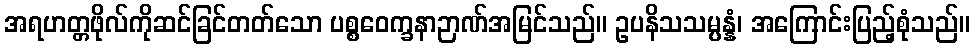
အရဟတ္တဖိုလ်ကိုဆင်ခြင်တတ်သော ပစ္စဝေက္ခနာဉာဏ်အမြင်သည်။ ဥပနိသသမ္ပန္နံ၊ အကြောင်းပြည့်စုံသည်။